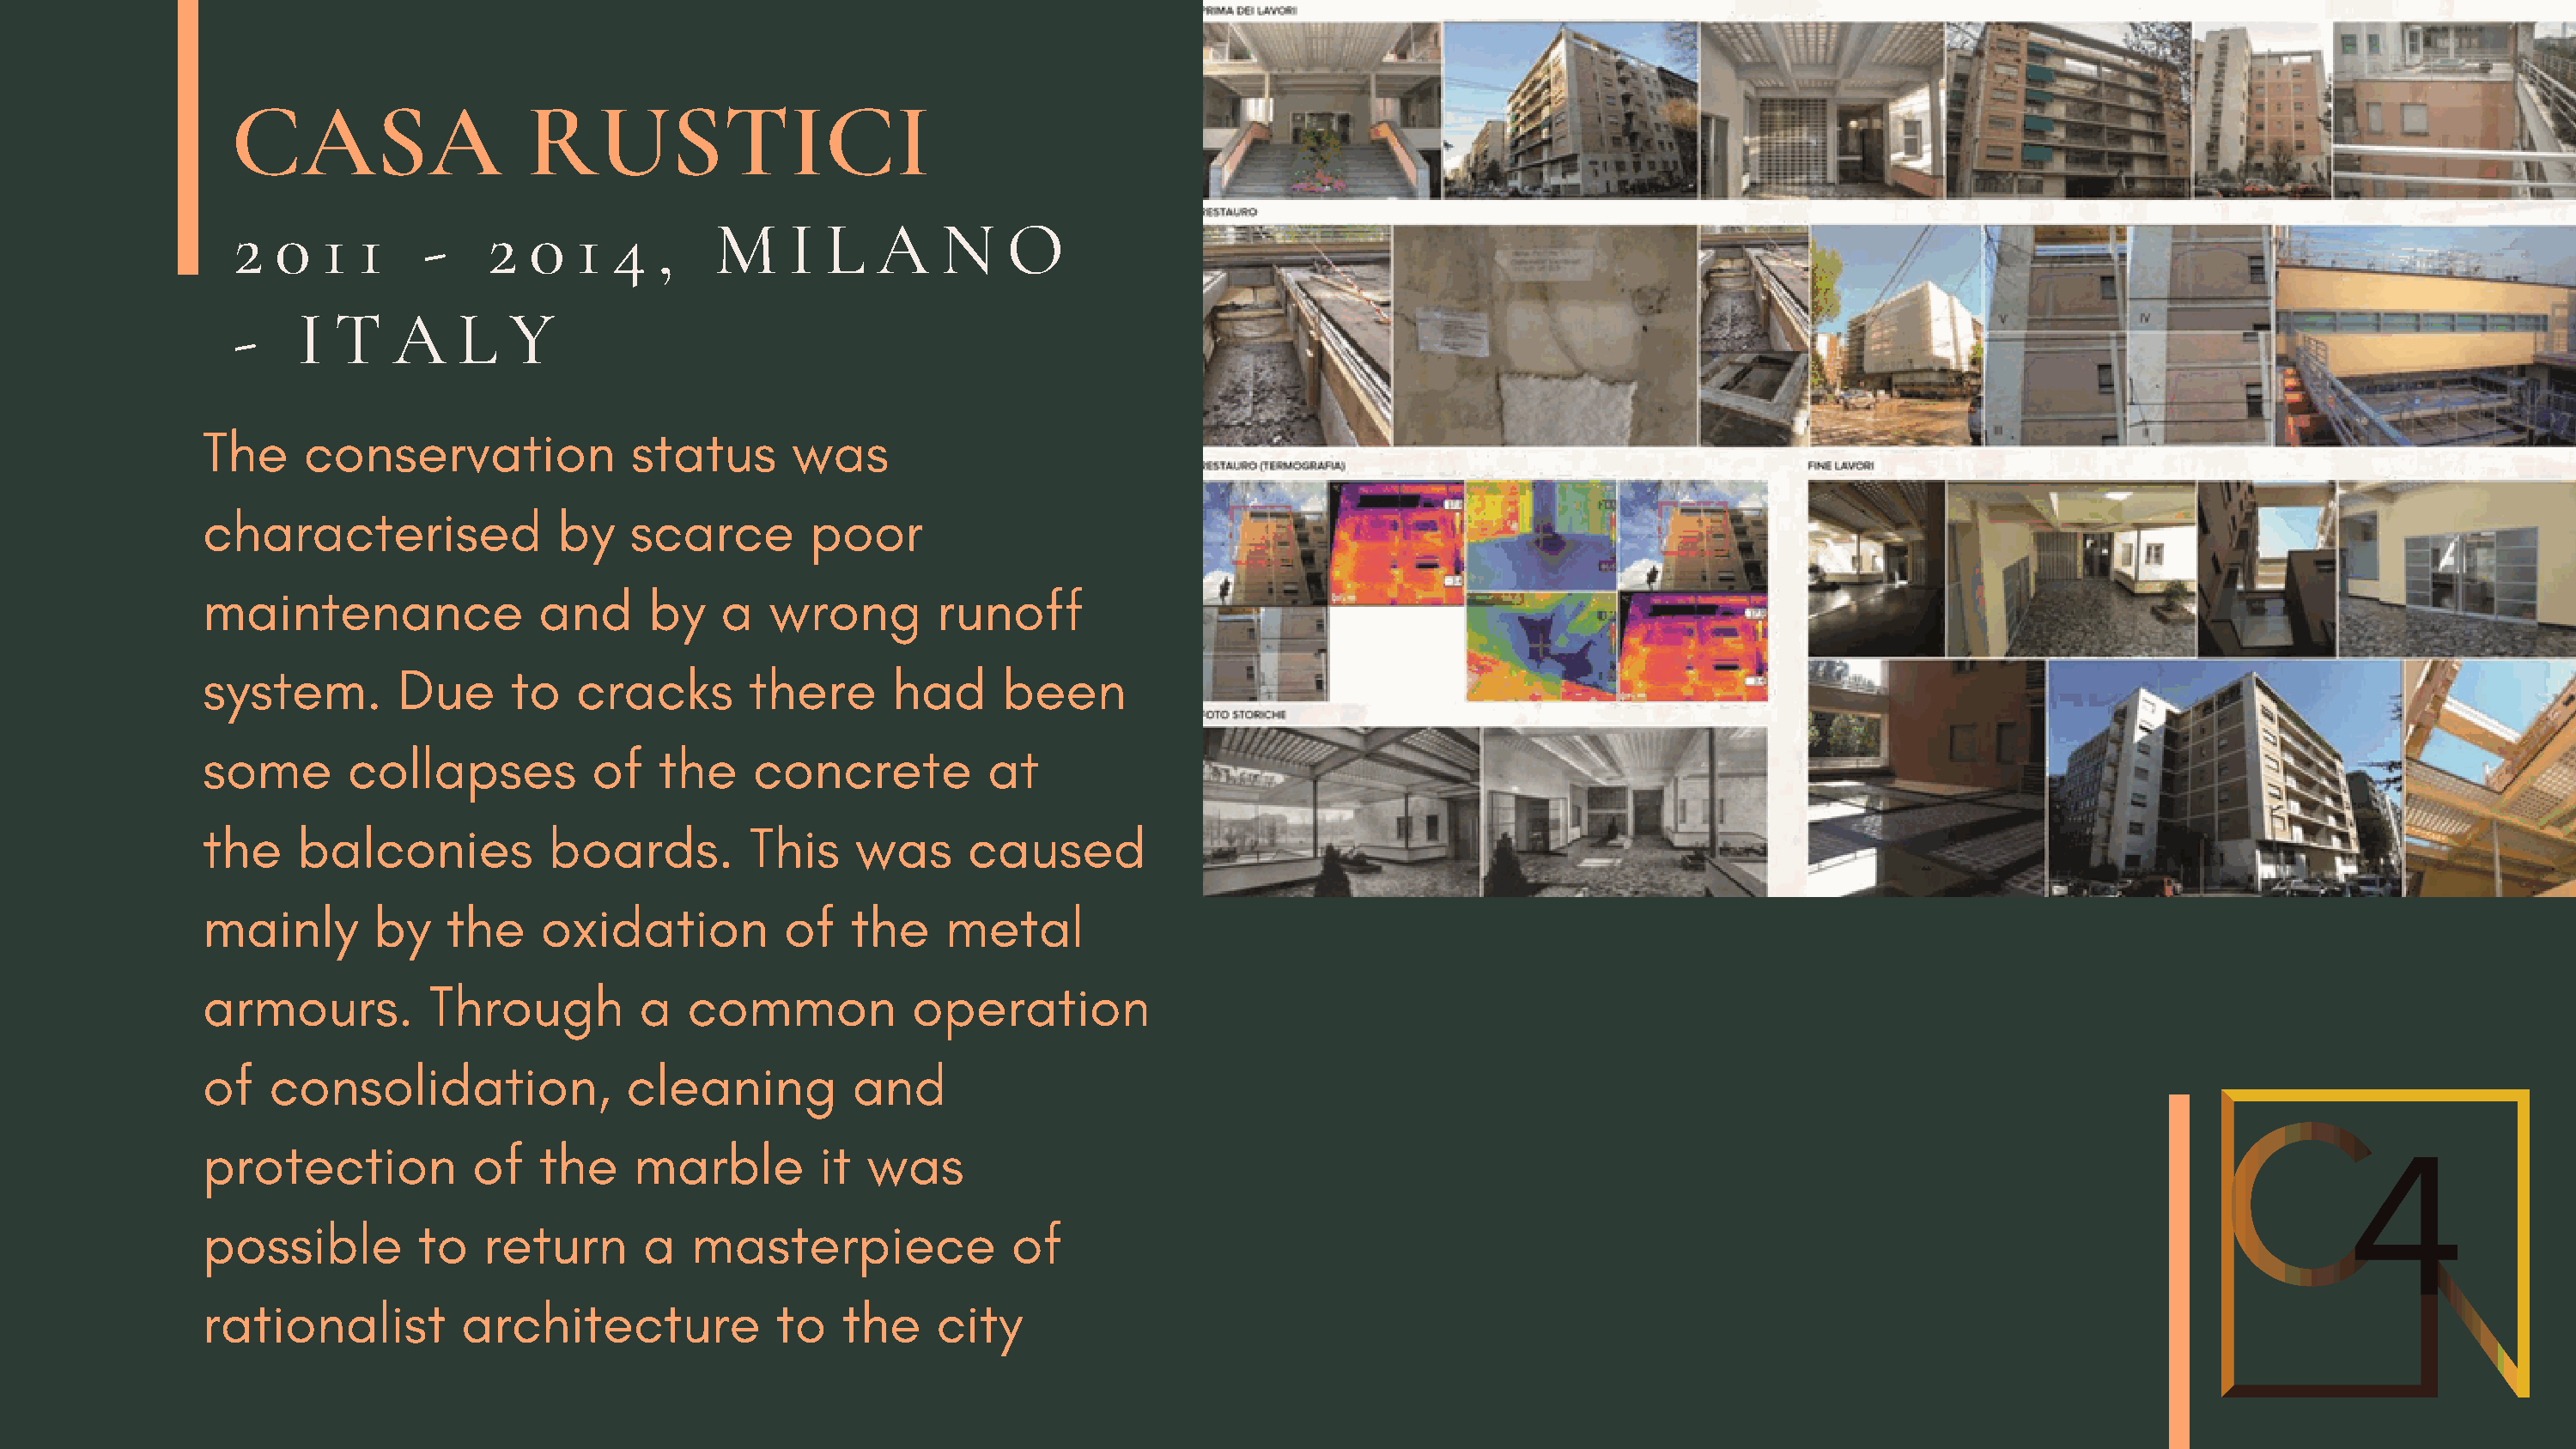
CASA                   RUSTICI
 2  0   1  1    -    2  0  1  4   ,   M     I  L   A    N    O
 -    I  T   A    L   Y
 The    conservation              status      was
 characterised              by    scarce       poor
 maintenance               and     by    a  wrong        runoff
 system.        Due     to   cracks        there      had     been
 some       collapses          of   the    concrete          at
 the    balconies          boards.         This    was      caused
 mainly       by   the     oxidation         of    the    metal
 armours.         Through         a   common           operation
 of   consolidation,             cleaning          and
 protection          of    the    marble        it  was
 possible        to   return       a  masterpiece              of
 rationalist         architecture            to   the    city